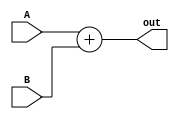
module Adder_3
(
    input [63:0] A, B,
    output [63:0] out
);

assign out = A + B;

endmodule // Adder